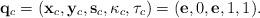
LaTeX: \begin{align*}\mathbf{q}_c=(\mathbf{x}_c, \mathbf{y}_c, \mathbf{s}_c, \kappa_c, \tau_c)=(\mathbf{e}, 0, \mathbf{e}, 1, 1).\end{align*}